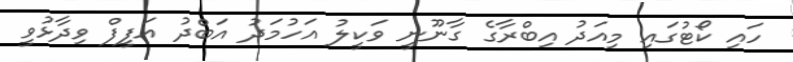
ހައި ކޯޓުގައި މިއަދު އިބްރާގެ ގާނޫނީ ވަކީލު އަހުމަދު އަބްދު އަފީފް ވިދާޅުވީ